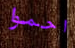
احموا